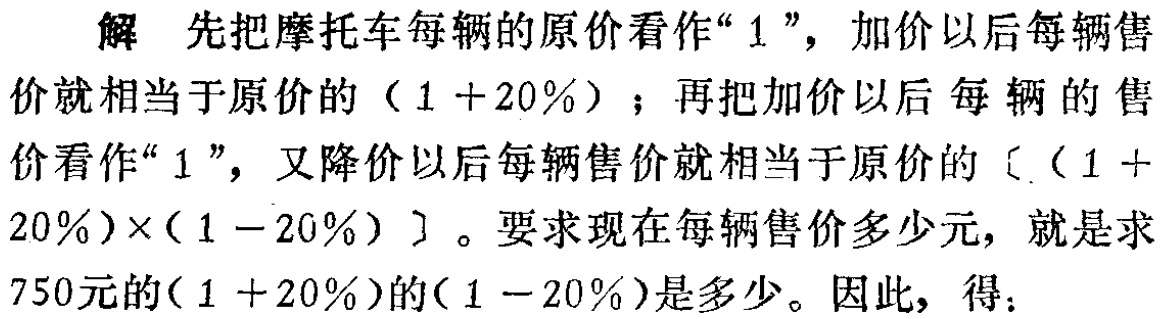
解 先把摩托车每辆的原价看作“$1$”，加价以后每辆售价就相当于原价的$(1 + 20\%)$；再把加价以后每辆的售价看作“$1$”，又降价以后每辆售价就相当于原价的$〔(1 + 20\%)\times(1 - 20\%)〕$。要求现在每辆售价多少元，就是求$750$元的$(1 + 20\%)$的$(1 - 20\%)$是多少。因此，得：